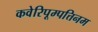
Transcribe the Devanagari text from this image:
कवेरिपूम्पत्तिनम